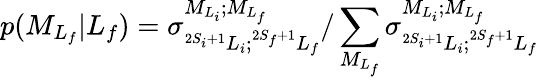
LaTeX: p({M}_{L_{f}}\vert L_{f})={\sigma}_{^{2S_{i}+1}L_{i};^{2S_{f}+1}L_{f}}^{{M}_{{L}_{i}};{M}_{{L}_{f}}}/\sum_{{M}_{L_{f}}}{\sigma}_{^{2S_{i}+1}L_{i};^{2S_{f}+1}L_{f}}^{{M}_{{L}_{i}};{M}_{{L}_{f}}}